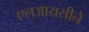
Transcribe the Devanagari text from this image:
एलआयसीने